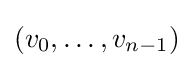
(v_{0},\ldots ,v_{n-1})